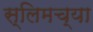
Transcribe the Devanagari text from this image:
स्लिमच्या